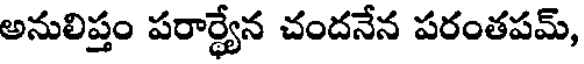
అనులిప్తం పరార్థ్యేన చందనేన పరంతపమ్,